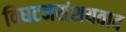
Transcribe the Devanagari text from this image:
विघटनसंशयवाद